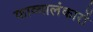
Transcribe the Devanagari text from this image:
काव्यालंकारों